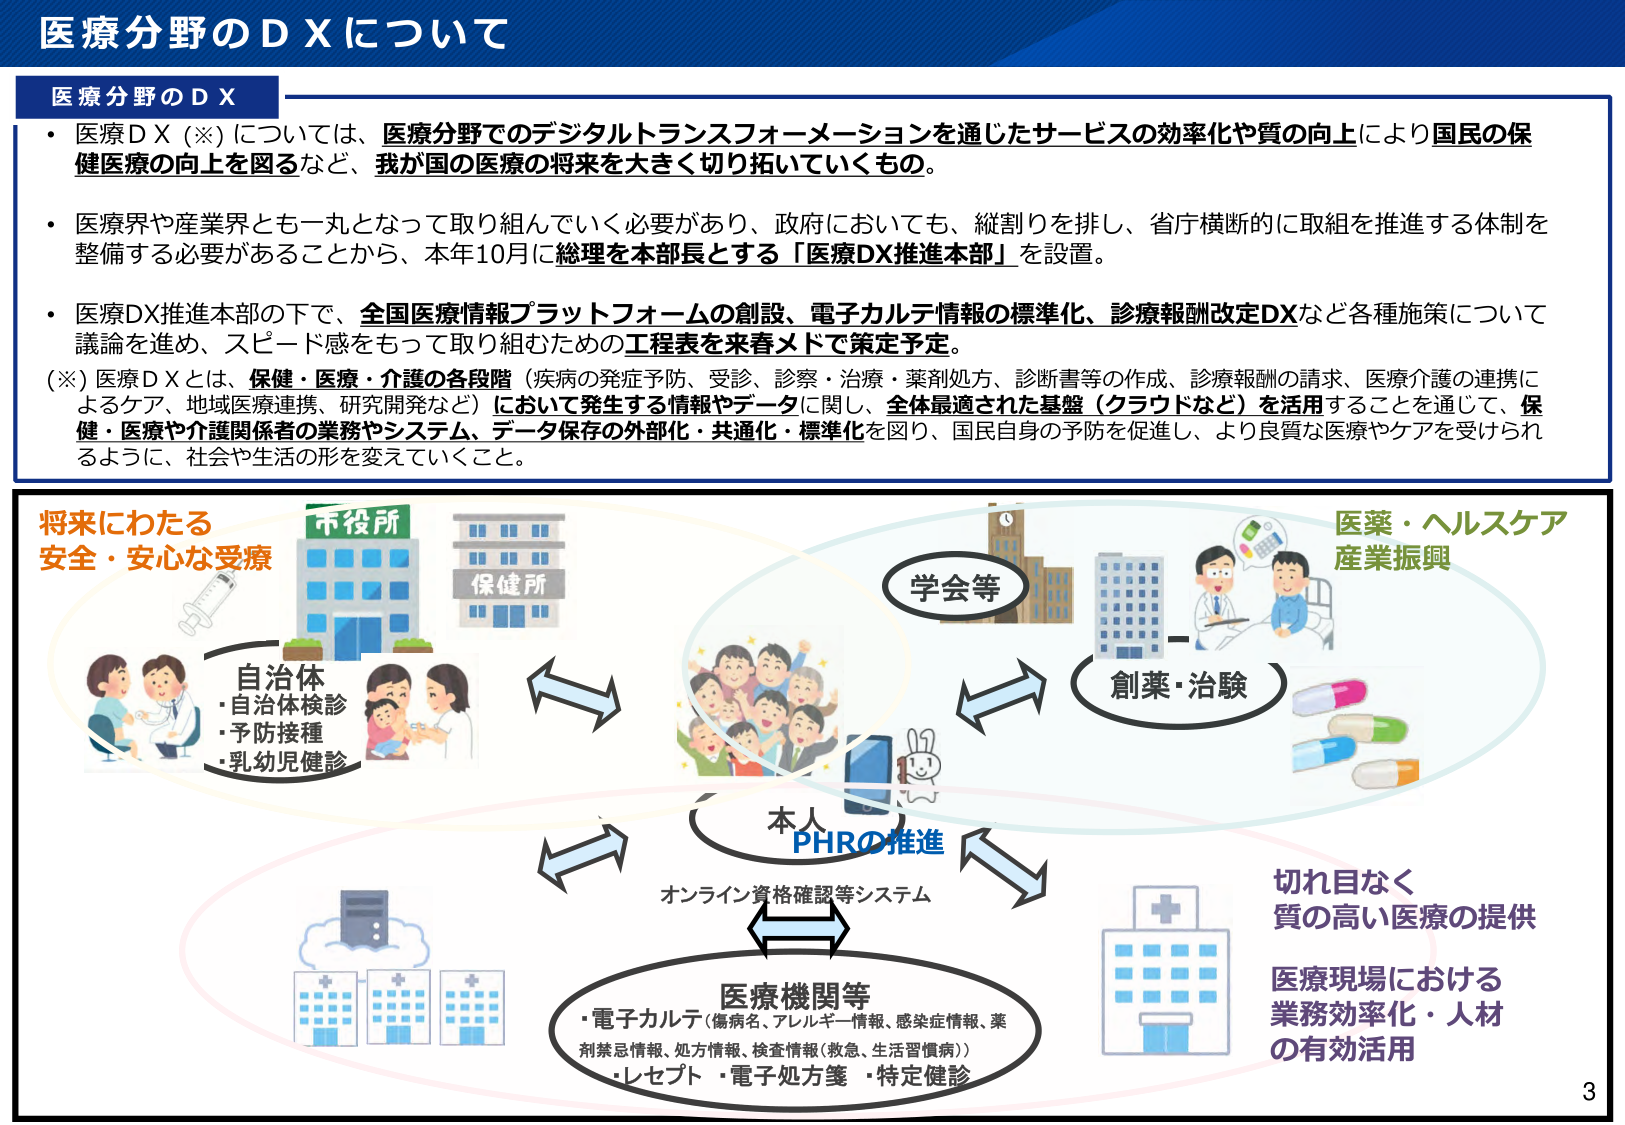
医療分野のＤＸについて

医療分野のＤＸ

・医療ＤＸ（※）については、医療分野でのデジタルトランスフォーメーションを通じたサービスの効率化や質の向上により国民の保健医療の向上を図るなど、我が国の医療の将来を大きく切り拓いていくもの。

・医療界や産業界とも一丸となって取り組んでいく必要があり、政府においても、縦割りを排し、省庁横断的に取組を推進する体制を整備する必要があることから、本年10月に総理を本部長とする「医療DX推進本部」を設置。

・医療DX推進本部の下で、全国医療情報プラットフォームの創設、電子カルテ情報の標準化、診療報酬改定DXなど各種施策について議論を進め、スピード感をもって取り組むための工程表を来春メドで策定予定。

（※）医療ＤＸとは、保健・医療・介護の各段階（疾病の発症予防、受診、診察・治療・薬剤処方、診断書等の作成、診療報酬の請求、医療介護の連携によるケア、地域医療連携、研究開発など）において発生する情報やデータに関し、全体最適された基盤（クラウドなど）を活用することを通じて、保健・医療や介護関係者の業務やシステム、データ保存の外部化・共通化・標準化を図り、国民自身の予防を促進し、より良質な医療やケアを受けられるように、社会や生活の形を変えていくこと。

将来にわたる
安全・安心な受療

市役所
保健所

自治体
・自治体検診
・予防接種
・乳幼児健診

学会等

創薬・治験

医薬・ヘルスケア
産業振興

本人
PHRの推進

オンライン資格確認等システム

医療機関等
・電子カルテ（傷病名、アレルギー情報、感染症情報、薬剤禁忌情報、処方情報、検査情報（救急、生活習慣病））
・レセプト・電子処方箋・特定健診

切れ目なく
質の高い医療の提供

医療現場における
業務効率化・人材
の有効活用

3